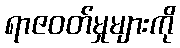
ရာဇဝတ်မှုများကို